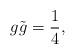
LaTeX: \begin{align*}g \tilde{g} = \frac{1}{4},\end{align*}